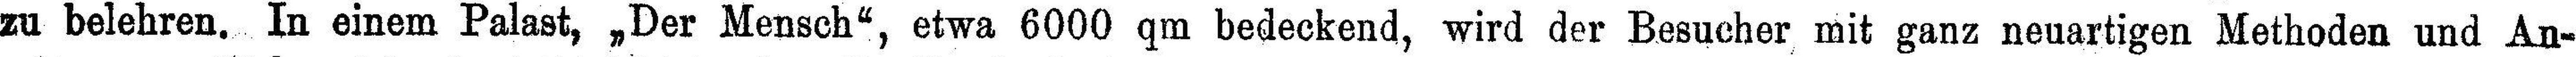
zu belehren. In einem Palast, „Der Mensch“, etwa 6000 qm bedeckend, wird der Besucher mit ganz neuartigen Methoden und An¬